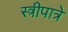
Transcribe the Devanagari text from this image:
स्त्रीपात्रे